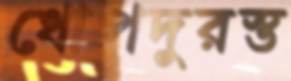
ধোপদুরস্ত